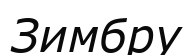
Зимбру